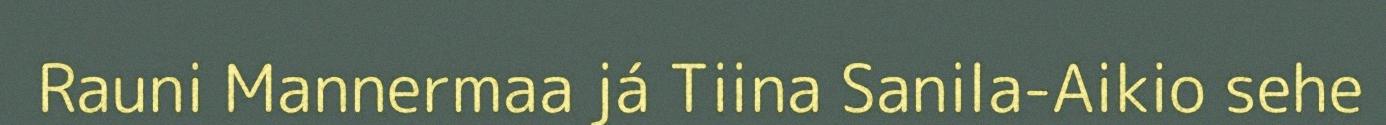
Rauni Mannermaa já Tiina Sanila-Aikio sehe